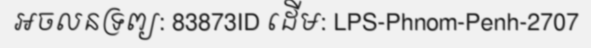
អចលនទ្រព្យ: 83873ID ដើម: LPS-Phnom-Penh-2707